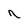
Character: n